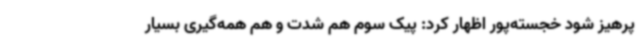
پرهیز شود خجسته‌پور اظهار کرد: پیک سوم هم شدت و هم همه‌گیری بسیار